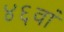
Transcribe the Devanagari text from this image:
४६वां